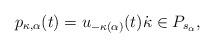
LaTeX: \begin{align*}p_{\kappa, \alpha}(t) = u_{-\kappa(\alpha)}(t)\dot{\kappa} \in P_{s_\alpha},\end{align*}